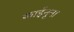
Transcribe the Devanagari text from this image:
काईनूना